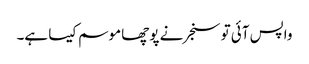
واپس آئی تو سنجر نے پوچھا موسم کیسا ہے۔